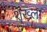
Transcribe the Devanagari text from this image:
शॄंख्ला